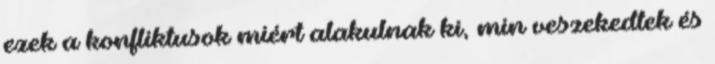
ezek a konfliktusok miért alakulnak ki, min veszekedtek és